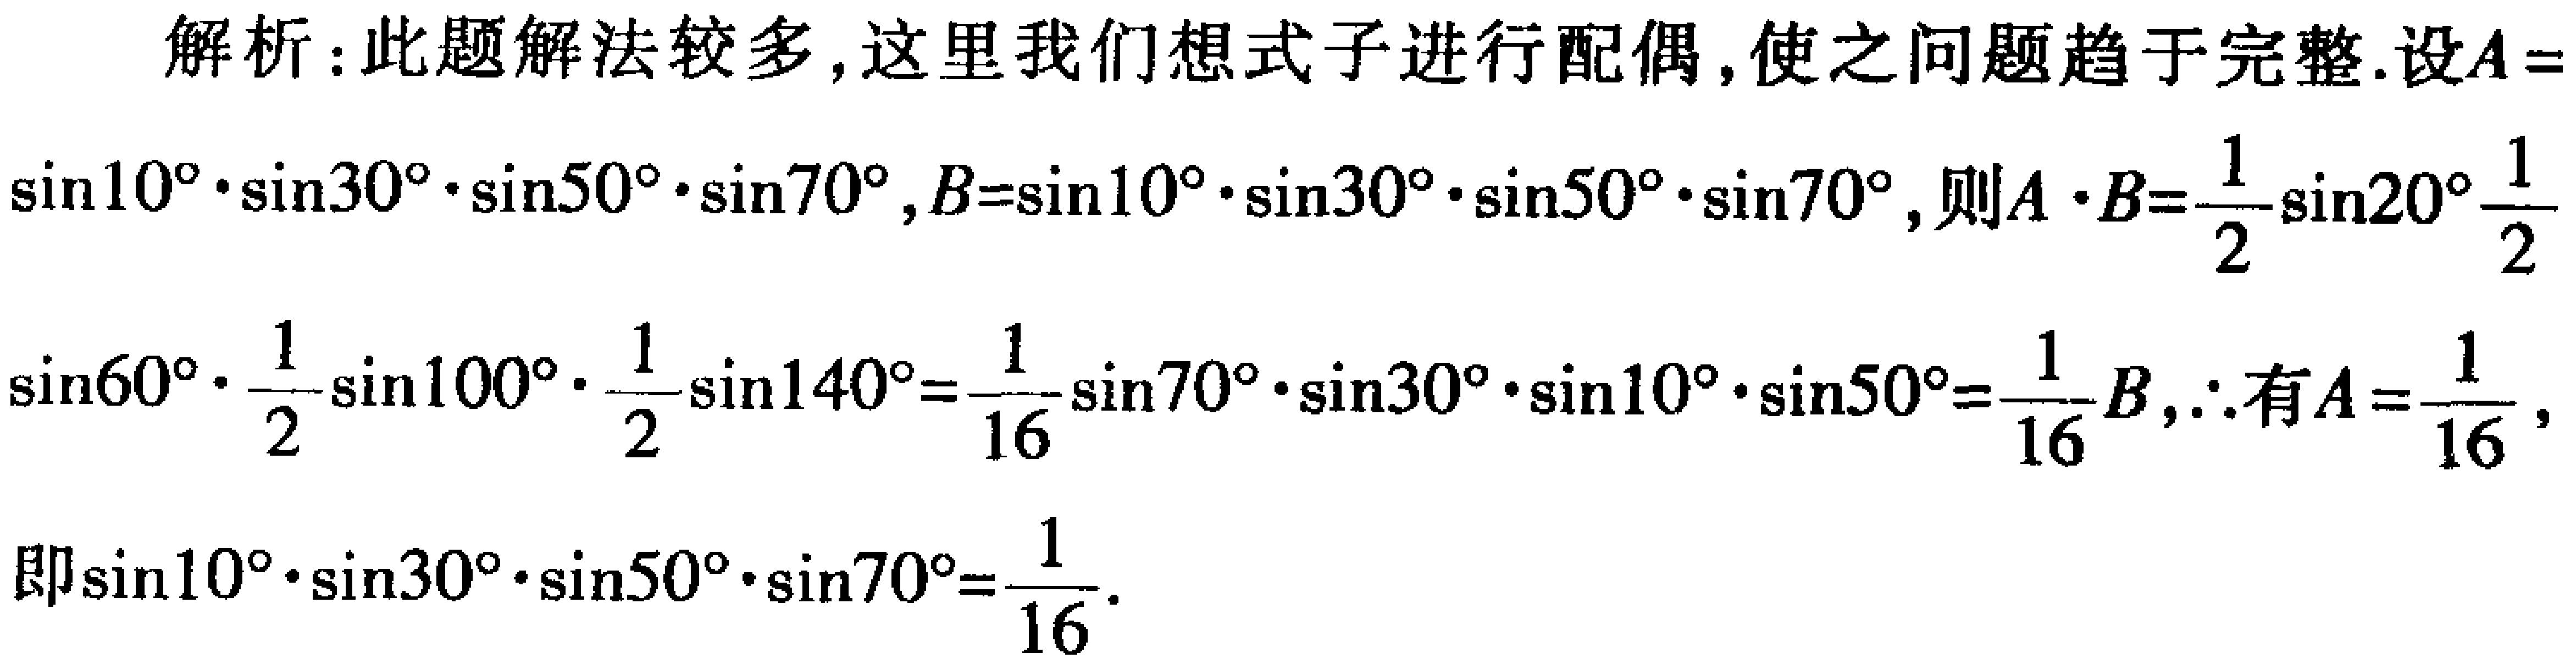
解析：此题解法较多，这里我们想式子进行配偶，使之问题趋于完整.设\(A = \sin10^{\circ}\cdot\sin30^{\circ}\cdot\sin50^{\circ}\cdot\sin70^{\circ}, B=\sin10^{\circ}\cdot\sin30^{\circ}\cdot\sin50^{\circ}\cdot\sin70^{\circ}\)，则\(A\cdot B=\frac{1}{2}\sin20^{\circ}\frac{1}{2}\sin60^{\circ}\cdot\frac{1}{2}\sin100^{\circ}\cdot\frac{1}{2}\sin140^{\circ}=\frac{1}{16}\sin70^{\circ}\cdot\sin30^{\circ}\cdot\sin10^{\circ}\cdot\sin50^{\circ}=\frac{1}{16}B\)，\(\therefore\)有\(A = \frac{1}{16}\)，即\(\sin10^{\circ}\cdot\sin30^{\circ}\cdot\sin50^{\circ}\cdot\sin70^{\circ}=\frac{1}{16}\).